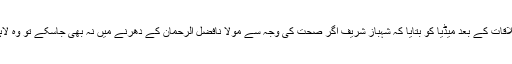
کیپٹن ریٹائرڈ محمد صفدر نے ملاقات کے بعد میڈیا کو بتایا کہ شہباز شریف اگر صحت کی وجہ سے مولا نافضل الرحمان کے دھرنے میں نہ بھی جاسکے تو وہ لاہور میں ویلکم ضرور کریں گے۔